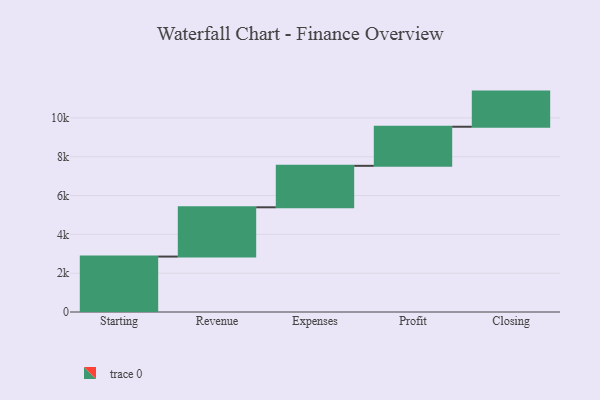
{"axis": {"x": "Step", "y": "Value"}, "legend": [""], "data": [{"x": "Starting", "y": 2856.0, "type": ""}, {"x": "Revenue", "y": 2540.0, "type": ""}, {"x": "Expenses", "y": 2137.0, "type": ""}, {"x": "Profit", "y": 2014.0, "type": ""}, {"x": "Closing", "y": 1811.0, "type": ""}]}